Vaccination in Bombay 1869-1873 - 1869-1873
Year: 1869
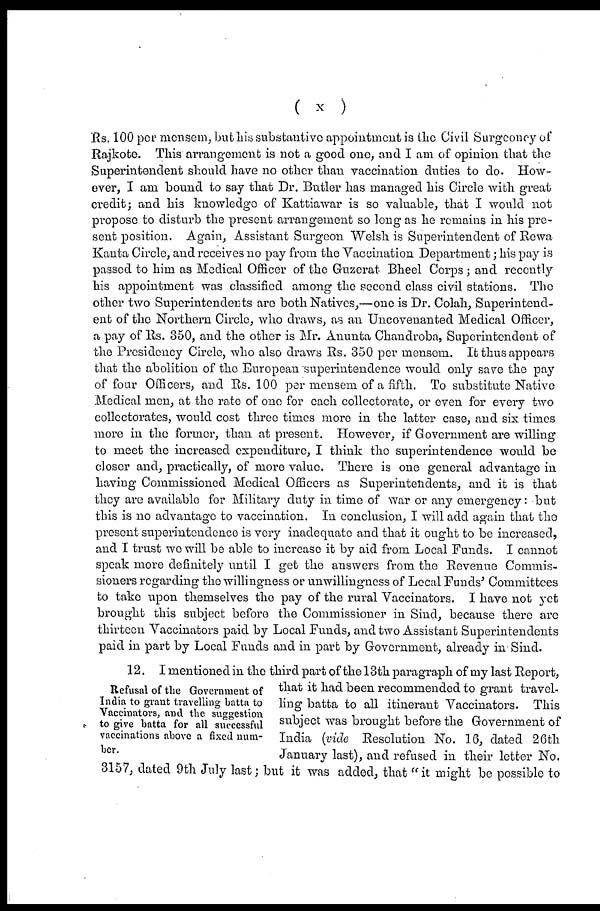
( x )
Rs. 100 per mensem, but his substantive appointment is the Civil Surgeoncy of
Rajkote. This arrangement is not a good one, and I am of opinion that the
Superintendent should have no other than vaccination duties to do. How-
ever, I am bound to say that Dr. Butler has managed his Circle with great
credit; and his knowledge of Kattiawar is so valuable, that I would not
propose to disturb the present arrangement so long as he remains in his pre-
sent position. Again, Assistant Surgeon Welsh is Superintendent of Rewa
Kanta Circle, and receives no pay from the Vaccination Department; his pay is
passed to him as Medical Officer of the Guzerat Bheel Corps; and recently
his appointment was classified among the second class civil stations. The
other two Superintendents are both Natives,—one is Dr. Colah, Superintend-
ent of the Northern Circle, who draws, as an Uncovenanted Medical Officer,
a pay of Rs. 350, and the other is Mr. Anunta Chandroba, Superintendent of
the Presidency Circle, who also draws Rs. 350 per mensem. It thus appears
that the abolition of the European superintendence would only save the pay
of four Officers, and Rs. 100 per mensem of a fifth. To substitute Native
Medical men, at the rate of one for each collectorate, or even for every two
collectorates, would cost three times more in the latter case, and six times
more in the former, than at present. However, if Government are willing
to meet the increased expenditure, I think the superintendence would be
closer and, practically, of more value. There is one general advantage in
having Commissioned Medical Officers as Superintendents, and it is that
they are available for Military duty in time of war or any emergency: but
this is no advantage to vaccination. In conclusion, I will add again that the
present superintendence is very inadequate and that it ought to be increased,
and I trust we will be able to increase it by aid from Local Funds. I cannot
speak more definitely until I get the answers from the Revenue Commis-
sioners regarding the willingness or unwillingness of Local Funds' Committees
to take upon themselves the pay of the rural Vaccinators. I have not yet
brought this subject before the Commissioner in Sind, because there are
thirteen Vaccinators paid by Local Funds, and two Assistant Superintendents
paid in part by Local Funds and in part by Government, already in Sind.
Refusal of the Government of
India to grant travelling batta to
Vaccinators, and the suggestion
to give batta for all successful
vaccinations above a fixed num-
ber.
12. I mentioned in the third part of the 13th paragraph of my last Report,
that it had been recommended to grant travel-
ling batta to all itinerant Vaccinators. This
subject was brought before the Government of
India (vide Resolution No. 16, dated 26th
January last), and refused in their letter No.
3157, dated 9th July last; but it was added, that "it might be possible to